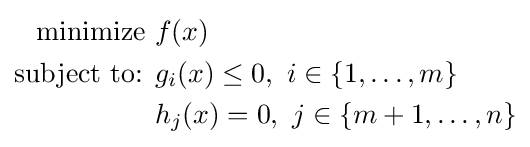
{\begin{aligned}{\text{minimize }}&f(x)\,\\{\text{subject to: }}&g_{i}(x)\leq 0,\ i\in \left\{1,\dots ,m\right\}\\&h_{j}(x)=0,\ j\in \left\{m+1,\dots ,n\right\}\end{aligned}}